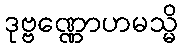
ဒုဗ္ဗဏ္ဏောဟမသ္မိ